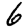
Digit: 6